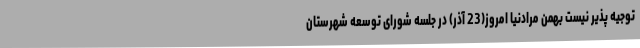
توجیه پذیر نیست بهمن مرادنیا امروز(23 آذر) در جلسه شورای توسعه شهرستان